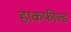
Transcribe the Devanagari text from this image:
हाकफील्ड